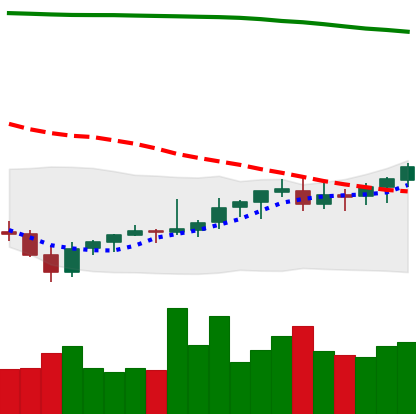
Ticker: EOS-USD
Chart end date: 2021-08-06
Forward return: 10.4%
Label: up_7plus